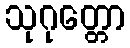
သုဂုတ္တော